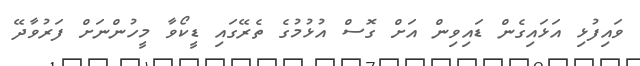
ވައިފުޅި އަޅައިގެން ޑައިވިން އަށް ގޮސް އުޅުމުގެ ތެރޭގައި ޑީކޯވާ މީހުންނަށް ފަރުވާދޭ